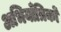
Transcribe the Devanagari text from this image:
अभियाँत्रिकों